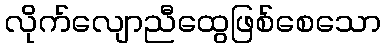
လိုက်လျောညီထွေဖြစ်စေသော